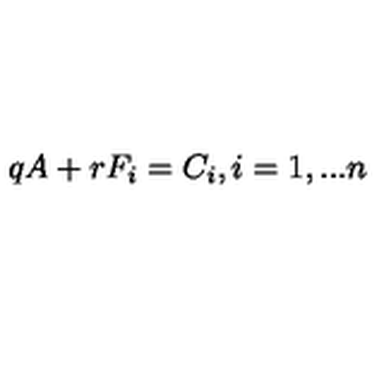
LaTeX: q A + r F _ { i } = C _ { i } , i = 1 , . . . n